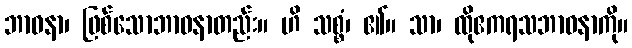
ဘာဝနာ၊ ဖြစ်သောဘာဝနာတည်း။ ဟိ သစ္စံ၊ ၏။ သာ၊ ထိုဧကရသဘာဝနာကို။